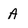
Character: A